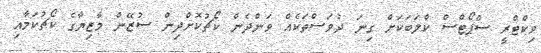
ވިކްޓްރީ ސްޕޯޓްސް ކްލަބަކަށް ގިނަ ދުވަސްތަކެއް ވަންދެން ކޯޗުކޮށްދިން ސުޒޭން މާޒިޔާގެ ކޯޗުކަމާއި